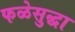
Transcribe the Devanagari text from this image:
फळेसुद्धा